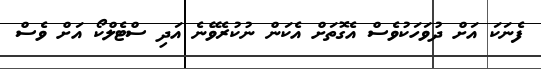
ފެނަކަ އަށް ދުވަހަކުވެސް އެގޮތަށް އެކަން ނުކުރެވޭނެ އަދި ސްޓެލްކޯ އަށް ވެސް